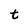
Character: t